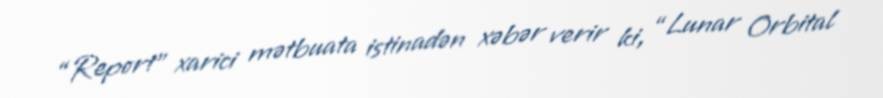
“Report” xarici mətbuata istinadən xəbər verir ki, “Lunar Orbital